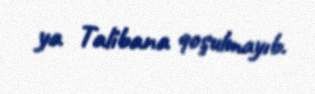
ya Talibana qoşulmayıb.